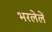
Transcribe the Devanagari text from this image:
भरलेलें